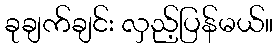
ခုချက်ချင်း လှည့်ပြန်မယ်။